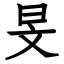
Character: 旻